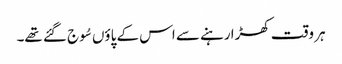
ہر وقت کھڑا رہنے سے اس کے پاؤں سُوج گئے تھے۔